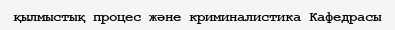
қылмыстық процес және криминалистика Кафедрасы